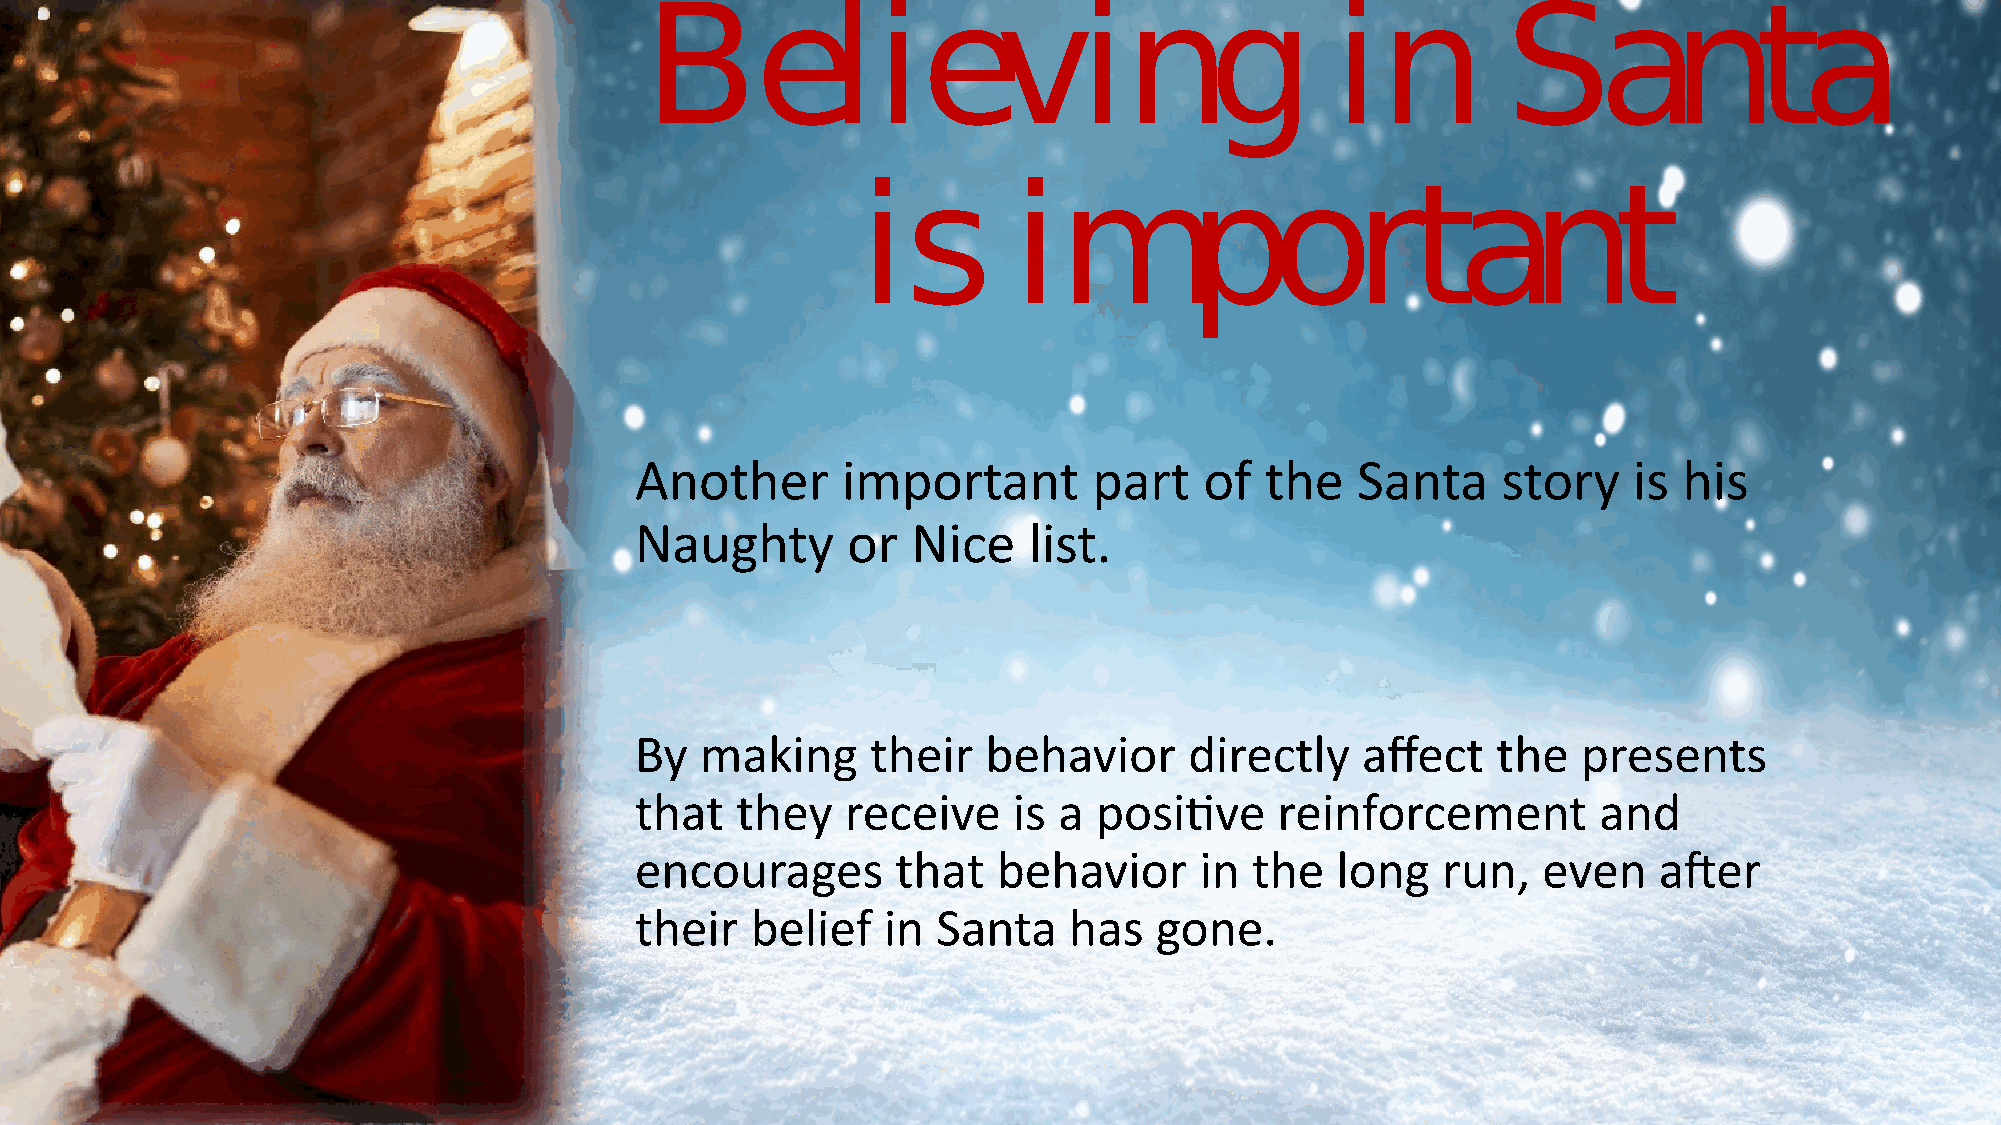
Believing                                    in          Santa
 is        important
 Another       important       part    of  the   Santa    story    is his
 Naughty       or  Nice    list.
 By  making      their  behavior      directly   affect   the   presents
 that   they   receive    is a  positive    reinforcement        and
 encourages       that   behavior     in  the  long   run,   even    after
 their   belief  in  Santa    has  gone.